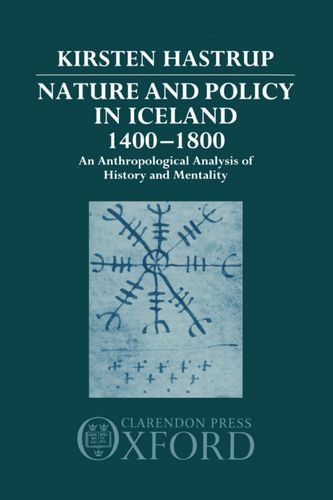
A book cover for Nature and Policy in Iceland 1400-1800: An Anthropological Analysis of History and Mentality; Kirsten Hastrup; History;